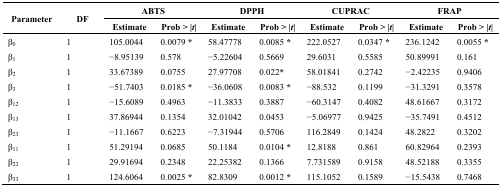
<table><thead><tr><td rowspan="2"><b>Parameter</b></td><td rowspan="2"><b>DF</b></td><td colspan="2"><b>ABTS</b></td><td colspan="2"><b>DPPH</b></td><td colspan="2"><b>CUPRAC</b></td><td colspan="2"><b>FRAP</b></td></tr><tr><td><b>Estimate</b></td><td><b>Prob &gt; | <i>t</i>|</b></td><td><b>Estimate</b></td><td><b>Prob &gt; | <i>t</i>|</b></td><td><b>Estimate</b></td><td><b>Prob &gt; | <i>t</i>|</b></td><td><b>Estimate</b></td><td><b>Prob &gt; | <i>t</i>|</b></td></tr></thead><tbody><tr><td>β<sub>0</sub></td><td>1</td><td>105.0044</td><td>0.0079 *</td><td>58.47778</td><td>0.0085 *</td><td>222.0527</td><td>0.0347 *</td><td>236.1242</td><td>0.0055 *</td></tr><tr><td>β<sub>1</sub></td><td>1</td><td>−8.95139</td><td>0.578</td><td>−5.22604</td><td>0.5669</td><td>29.6031</td><td>0.5585</td><td>50.89991</td><td>0.161</td></tr><tr><td>β<sub>2</sub></td><td>1</td><td>33.67389</td><td>0.0755</td><td>27.97708</td><td>0.022*</td><td>58.01841</td><td>0.2742</td><td>−2.42235</td><td>0.9406</td></tr><tr><td>β<sub>3</sub></td><td>1</td><td>−51.7403</td><td>0.0185 *</td><td>−36.0608</td><td>0.0083 *</td><td>−88.532</td><td>0.1199</td><td>−31.3291</td><td>0.3578</td></tr><tr><td>β<sub>12</sub></td><td>1</td><td>−15.6089</td><td>0.4963</td><td>−11.3833</td><td>0.3887</td><td>−60.3147</td><td>0.4082</td><td>48.61667</td><td>0.3172</td></tr><tr><td>β<sub>13</sub></td><td>1</td><td>37.86944</td><td>0.1354</td><td>32.01042</td><td>0.0453</td><td>−5.06977</td><td>0.9425</td><td>−35.7491</td><td>0.4512</td></tr><tr><td>β<sub>23</sub></td><td>1</td><td>−11.1667</td><td>0.6223</td><td>−7.31944</td><td>0.5706</td><td>116.2849</td><td>0.1424</td><td>48.2822</td><td>0.3202</td></tr><tr><td>β<sub>11</sub></td><td>1</td><td>51.29194</td><td>0.0685</td><td>50.1184</td><td>0.0104 *</td><td>12.8188</td><td>0.861</td><td>60.82964</td><td>0.2393</td></tr><tr><td>β<sub>22</sub></td><td>1</td><td>29.91694</td><td>0.2348</td><td>22.25382</td><td>0.1366</td><td>7.731589</td><td>0.9158</td><td>48.52188</td><td>0.3355</td></tr><tr><td>β<sub>33</sub></td><td>1</td><td>124.6064</td><td>0.0025 *</td><td>82.8309</td><td>0.0012 *</td><td>115.1052</td><td>0.1589</td><td>−15.5438</td><td>0.7468</td></tr></tbody></table>